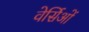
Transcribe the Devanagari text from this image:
वेर्सिओं